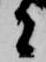
者